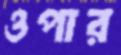
ওপার